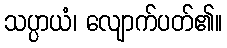
သပ္ပာယံ၊ လျောက်ပတ်၏။